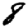
Digit: 8